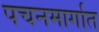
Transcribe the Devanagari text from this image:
पचनमार्गात